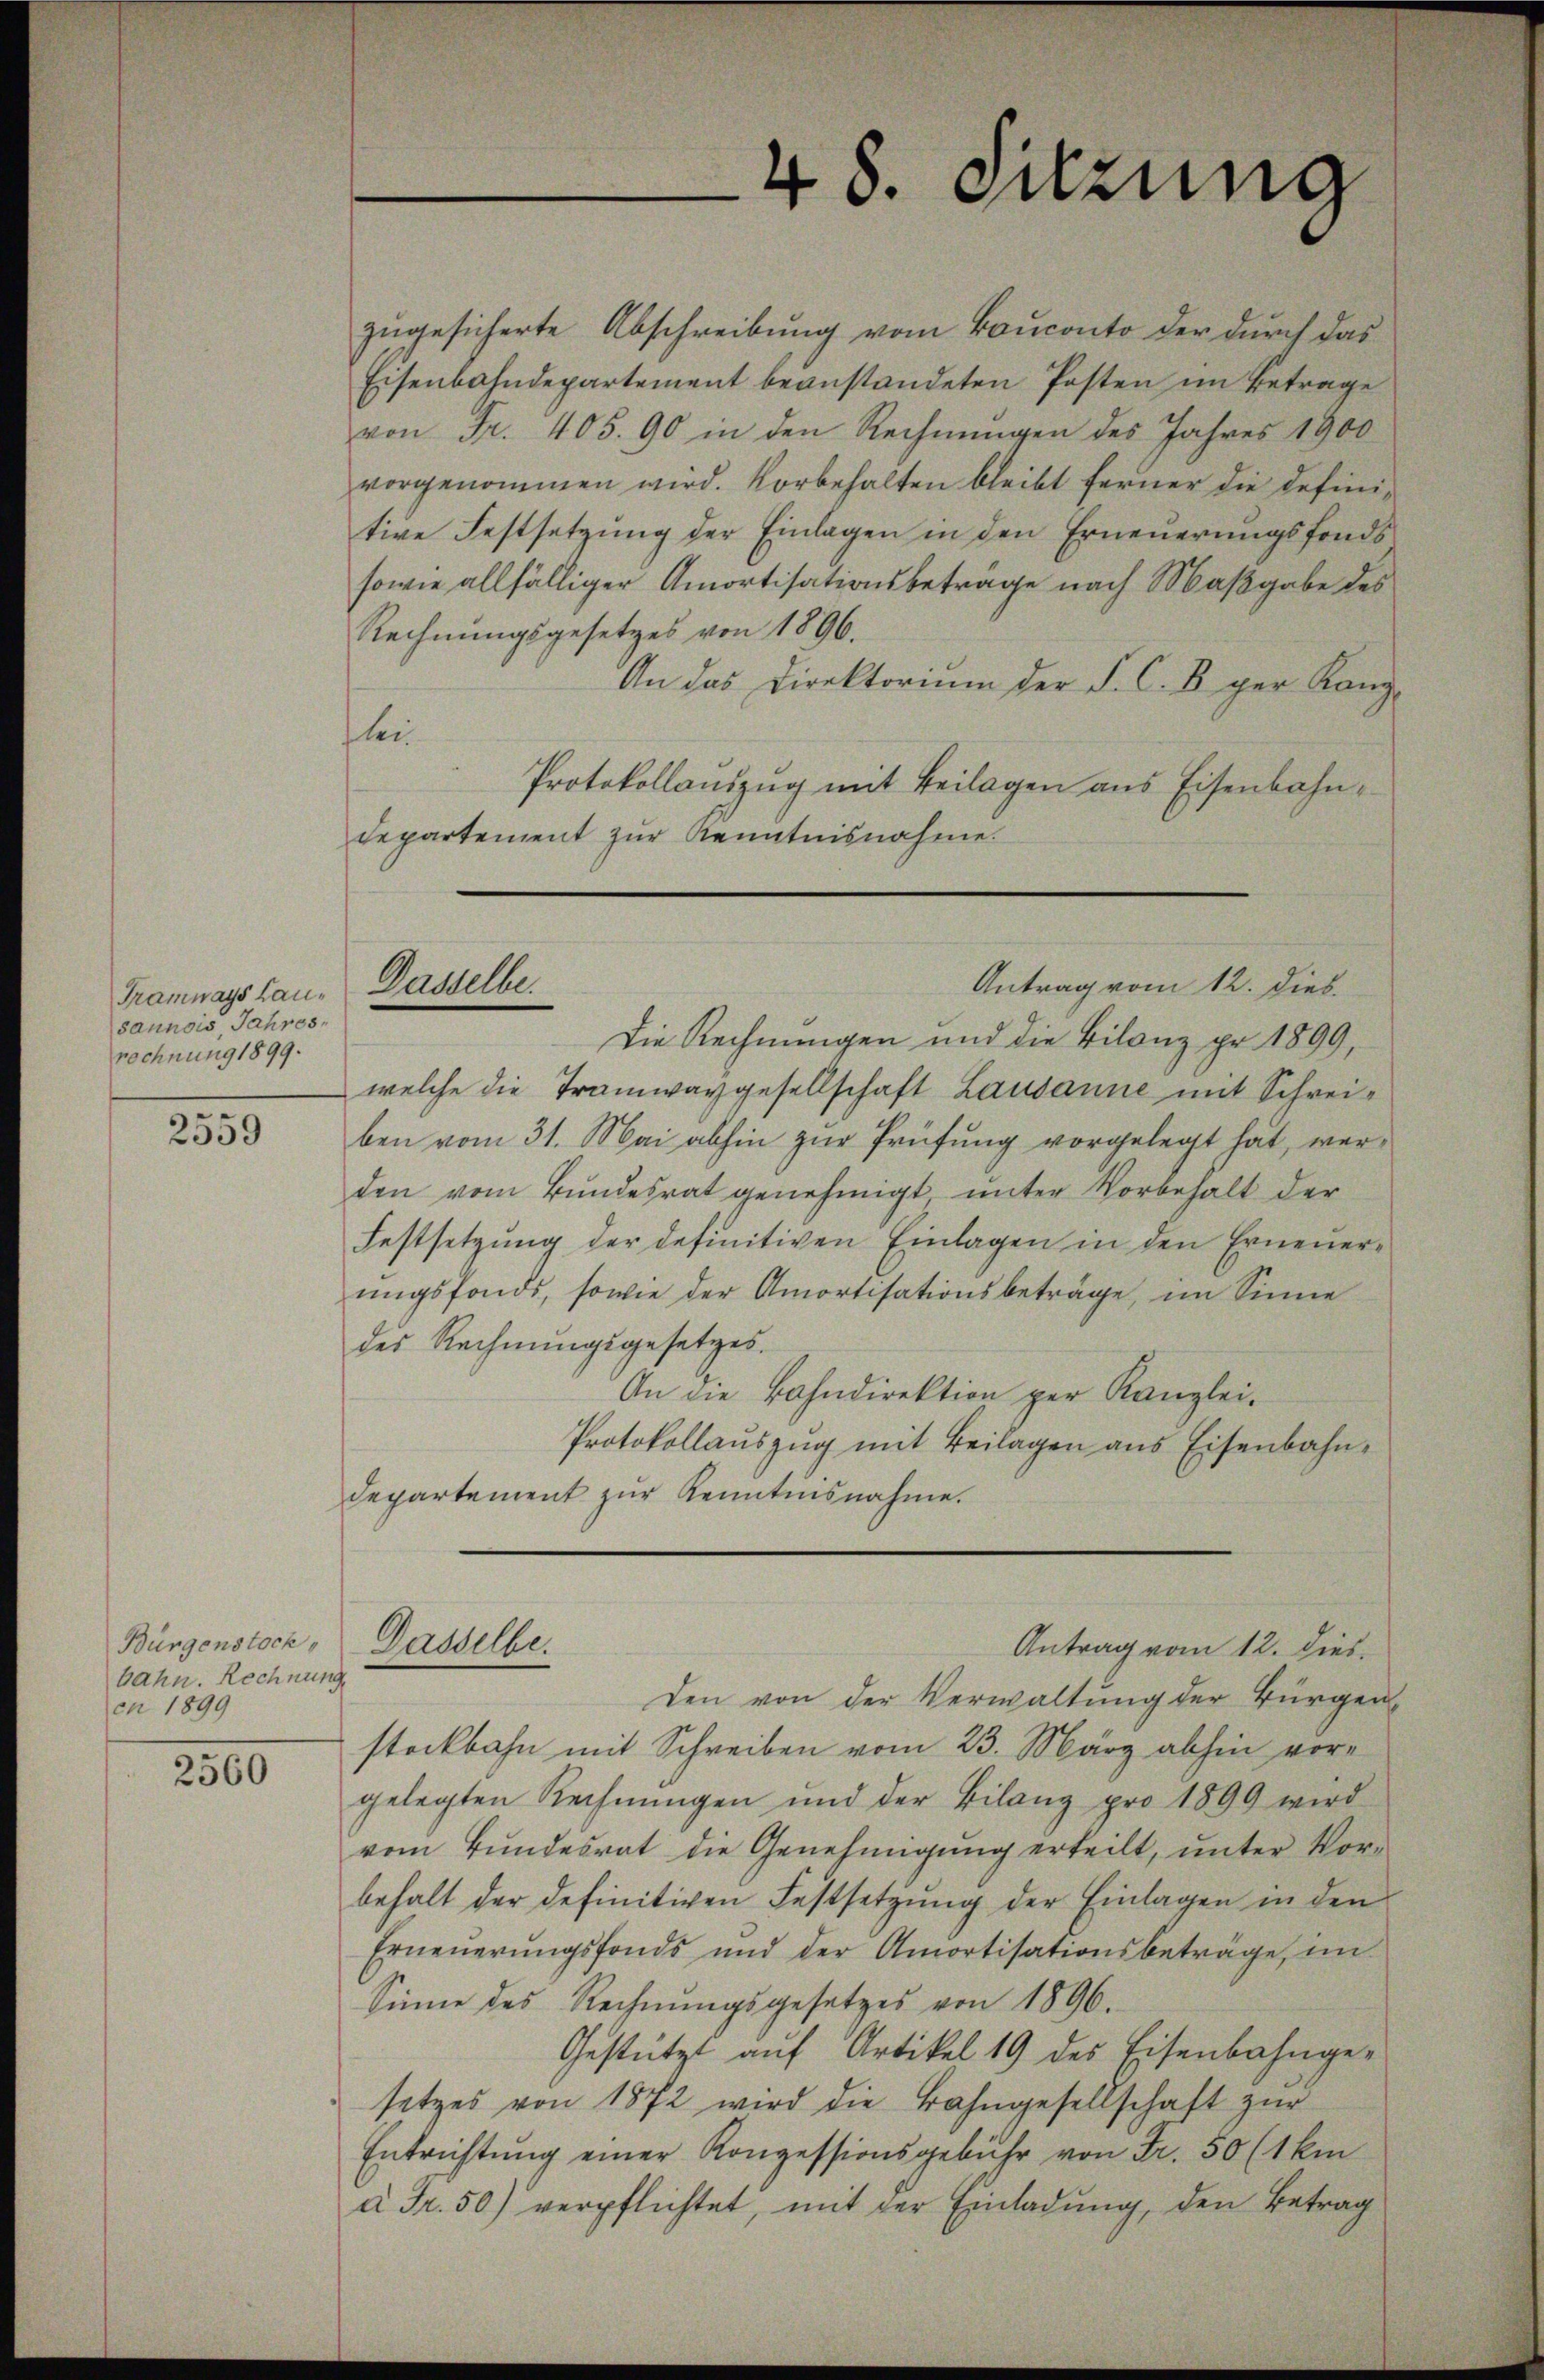
Tramways Lausannois, Jahresrechnung 1899.

2559

Bürgenstock
bahn. Rechnung
cn 1899

2560

48. Sitzung

zugesicherte Abschreibung vom Bauconto der durch das
Eisenbahndepartement beanstandeten Posten im Betrage
von Fr. 405. 90 in den Rechnungen des Jahres 1900
vorgenommen wird. Vorbehalten bleibt ferner die definitive Festsetzung der Einlagen in den Erneuerungsfonds
sowie allfälliger Amortisationsbeträge nach Maßgabe des
Rechnungsgesetzes von 1896.
An das Direktorium der S. C. B. ger Kanz
lei
Protokollaŭszŭg mit Beilagen ans Eisenbahn¬
Departement zŭr Kenntnisnahme.

Antrag vom 12. dies
Dasselbe.

Die Rechnungen und die Bilanz pr. 1899,
welche die Tramwaygesellschaft Lausanne mit Schreiben vom 31. Mai abhin zur Prüfung vorgelegt hat, werden vom Bundesrat genehmigt, unter Vorbehalt der
Festsetzung der definitiven Einlagen in den Erneuerŭngsfonds, sowie der Amortisationsbeträge, im Sinne
des Rechnungsgesetzes.
An die Bahndirektion per Kanzlei-
Protokollauszug mit Beilagen aus Eisenbahn¬
Departement zur Kenntnisnahme.
Dasselbe.
Antrag vom 12. dies
den von der Verwaltŭng der Bürger
steckbahn mit Schreiben vom 23. März abhin vorgelegten Rechnungen und der Bilanz pro 1899 wird
vom Bundesrat die Genehmigung erteilt, unter Vor-
behalt der definitiven Festsetzung der Einlagen in den
Erneŭerŭngsfonds und der Amortisationsbeträge, im
Sinne des Rechnŭngsgesetzes von 1896.
Gestützt auf Artikel 19 des Eisenbahngesetzes von 1872 wird die Bahngesellschaft zŭr
Entrichtung einer Konzessionsgebühr von Fr. 50 (1 kin
à Fr. 50) verpflichtet, mit der Einladung, den Betrag